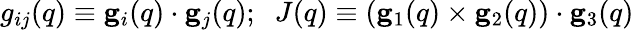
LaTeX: g_{ij}({q})\equiv{\mathbf g}_{i}({q})\cdot{\mathbf g}_{j}({q});\; \; J({q})\equiv({\mathbf g}_{1}({q})\times{\mathbf g}_{2}({q}))\cdot{\mathbf g}_{3}({q})